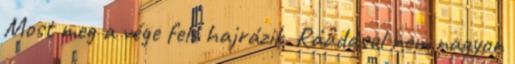
Most meg a vége felé hajrázik. Ráadásul nem nagyon